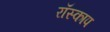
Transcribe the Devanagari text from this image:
रॉस्काप